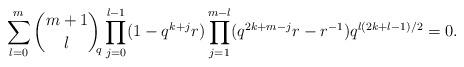
LaTeX: \begin{align*}&\sum_{l=0}^{m} {m+1\choose l}_{\!\!q}\prod_{j=0}^{l-1}(1-q^{k+j}r)\prod_{j=1}^{m-l}(q^{2k+m-j}r-r^{-1})q^{l(2k+l-1)/2}=0.\end{align*}